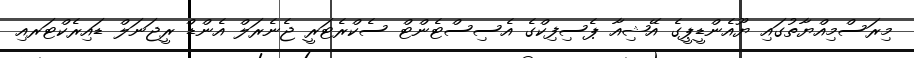
މިރަސްމިއްޔާތުގައި ޔޫއެންޑީޕީގެ އޭޝިއާ ޕެސިފިކްގެ އެސިސްޓެންޓް ސެކްރެޓަރީ ޖެނެރަލް އެންޑް ރީޖަނަލް ޑައިރެކްޓަރއި